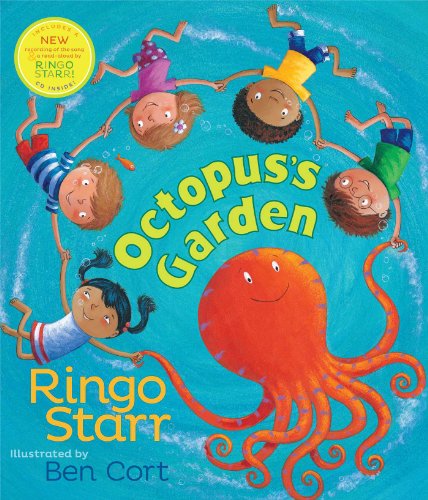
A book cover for Octopus's Garden; Ringo Starr; Children's Books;